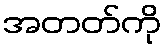
အတတ်ကို